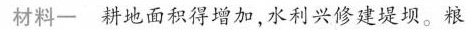
材料一 耕地面积得增加，水利兴修建堤坝。粮